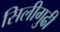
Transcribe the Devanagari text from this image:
सिलीगुढी